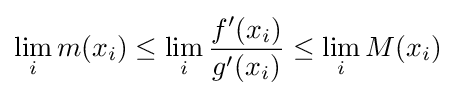
\lim _{i}m(x_{i})\leq \lim _{i}{\frac {f'(x_{i})}{g'(x_{i})}}\leq \lim _{i}M(x_{i})